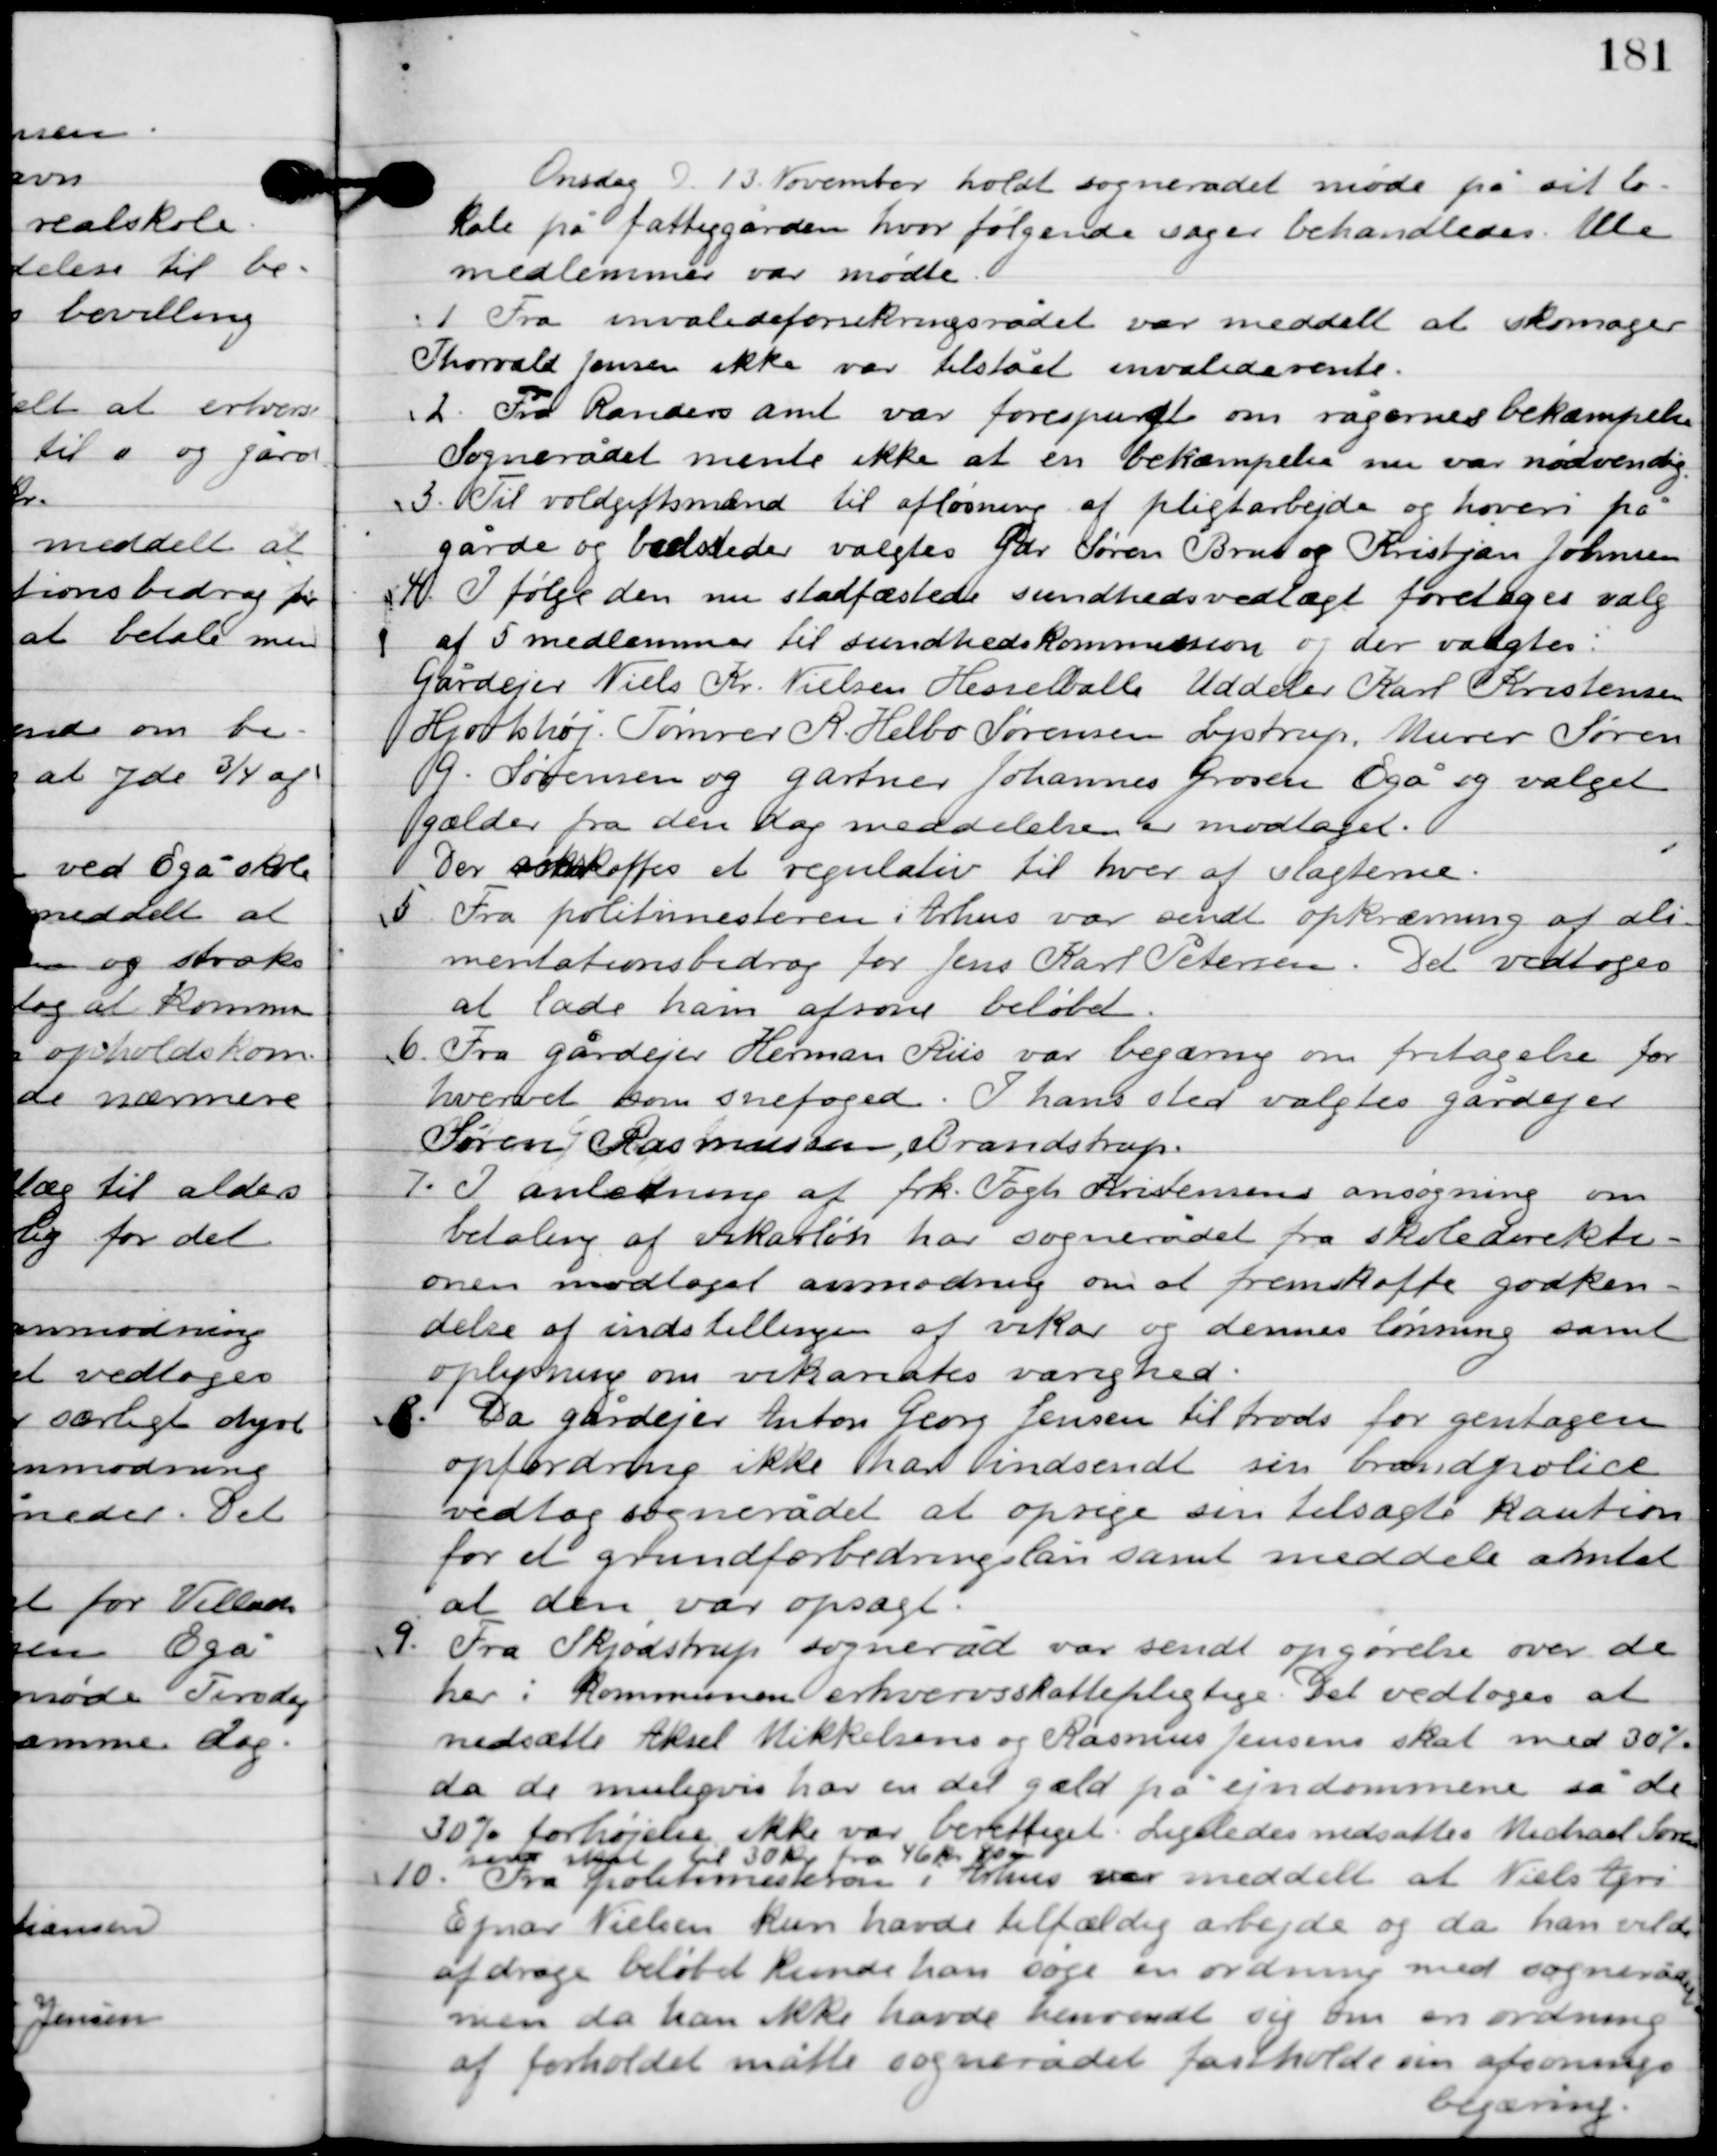
Transskription:
Onsdag D. 13. November holdt sognerådet møde på sit lo-
kale på fattiggården, hvor følgende sager behandledes. Alle
medlemmer var mødte.

1

Fra invalideforsikringsrådet var meddelt at skomager
Thorvald Jensen ikke var tilstået invaliderente.

2

Fra Randers amt var forespurgt om rågernes bekæmpelse.
Sognerådet mente ikke at en bekæmpelse nu var nødvendig.

3

Til voldgiftsmand til afløsning af pligtarbejder og hoveri på
gårde og bodsteder valgtes gdr. Søren Brad og Kristjan Johansen.

4

Ifølge den nu stadfæstede sundhedsvedtægt foretages valg
af 5 medlemmer til sundhedskommissionen og der valgtes;
Gårdejer Niels Kr. Nielsen Hesselballe. Uddeler Karl Kristensen
Hjortshøj. Tømrer R. Helbo Sørensen Lystrup. Murer Søren
G. Sørensen og gartner Johannes Grosen Egå og valget
glæder fra den dag meddelelsen er modtaget.
Der skaffes et regulativ til hver af vagterne.

5

Fra politimesteren i Århus var sendt opkrævning af ali-
mentationsbidrag for Jens Karl Petersen. Det vedtoges
at lade ham afsone beløbet.

6

Fra gårdejer Herman Riis var begæring om fritagelse for
hvervet som snefoged. I hans sted valgtes gårdejer
Søren Rasmussen, Brandstrup.

7

I anledning af frk. Fogh Kristensens ansøgning om
betaling af vikarløn har sognerådet fra skoledirekti-
onen modtaget anmodning om at fremskaffet godken-
delse af indstillingen af vikar og dennes lønning samt
oplysning om vikariatets varighed.

8

Da gårdejer Anton Georg Jensen tiltroedes for gentagen
opfordring har ikke indsendt sin brandpolice
vedtog sognerådet at opsige sin tilsagte kaution
for et grundforbedringslån samt meddele amtet
at den var opsagt.

9

Fra Skjødstrup sogneråd var sendt opgørelse over de
 her i kommunen erhvervsskattepligtige. Det vedtoges at
nedsætte Aksel Mikkelsens og Rasmus Jensens skat med 30 %
da de muligvis har en del gæld på ejendommene så de
30 % forhøjelse ikke var berettiget. Ligeledes nedsattes Michael Søren-
sen skat til 30 kr. fra 46 kr. 80 øre.

10

Fra politimesteren i Århus var meddelt at Niels Agri
Ejnar Nielsen kun havde tilfældigt arbejde og da han vilde
afdrage beløbet kunde han søge en ordning med sognerådet
men da han ikke havde henvendt sig om en ordning
af forholdet måtte sognerådet fastholde sin afsonings
begæring.